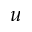
u